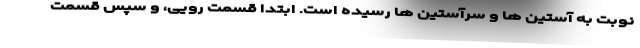
نوبت به آستین ها و سرآستین ها رسیده است. ابتدا قسمت رویی، و سپس قسمت